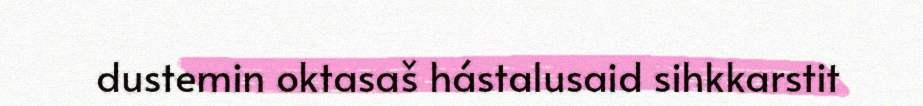
dustemin oktasaš hástalusaid sihkkarstit